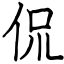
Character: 侃